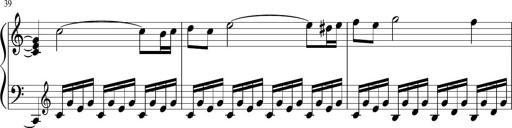
Title: Sonatina di Santa Gemma, JKB 12
Composer: Jason Baruk
Key: F major